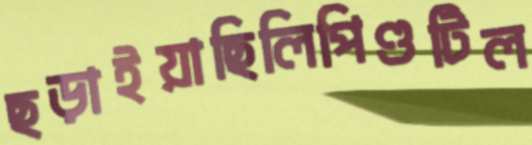
ছড়াইয়াছিলিপিণ্ডটিল